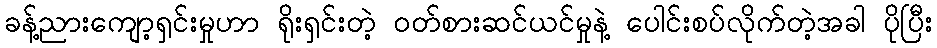
ခန့်ညားကျော့ရှင်းမှုဟာ ရိုးရှင်းတဲ့ ဝတ်စားဆင်ယင်မှုနဲ့ ပေါင်းစပ်လိုက်တဲ့အခါ ပိုပြီး